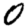
Digit: 0